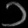
Digit: ၁